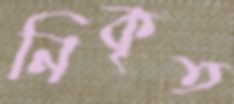
নিকৃত